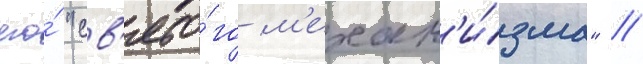
его́ "св'ято́го м'ехан'и́зма" //